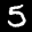
Label: 5